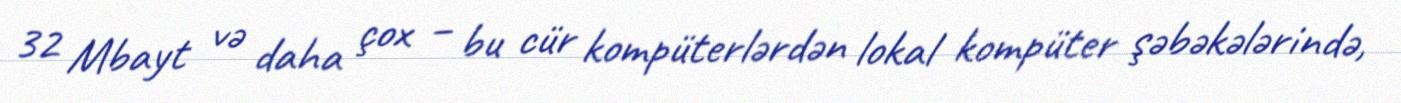
32 Mbayt və daha çox – bu cür kompüterlərdən lokal kompüter şəbəkələrində,